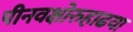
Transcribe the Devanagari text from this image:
पीनवक्षोरुहाढया